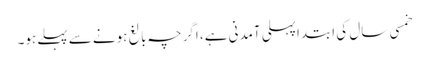
خمسی سال کی ابتداپہلی آمدنی ہے، اگرچہ بالغ ہونے سے پہلےہو۔